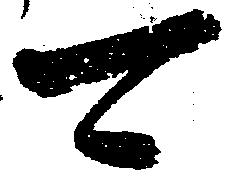
可